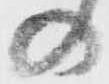
の